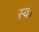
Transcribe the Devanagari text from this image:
स्‍व।